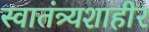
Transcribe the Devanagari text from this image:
स्वातंत्र्यशाहीर